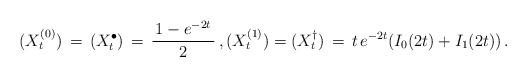
LaTeX: \begin{align*} ( X_{t}^{(0)}) \, =\, ( X_{t}^{\bullet}) \, =\, \frac{\, 1 - e^{-2t}\, }{2} \, , ( X_{t}^{(1)}) =( X_{t}^{\dagger}) \, =\, t \,e^{-2t} ( I_{0}(2t) + I_{1}(2t) ) \,. \end{align*}